Annual report on the working of the mental hospitals in the Madras Presidency - 1912-1932
Year: 1912
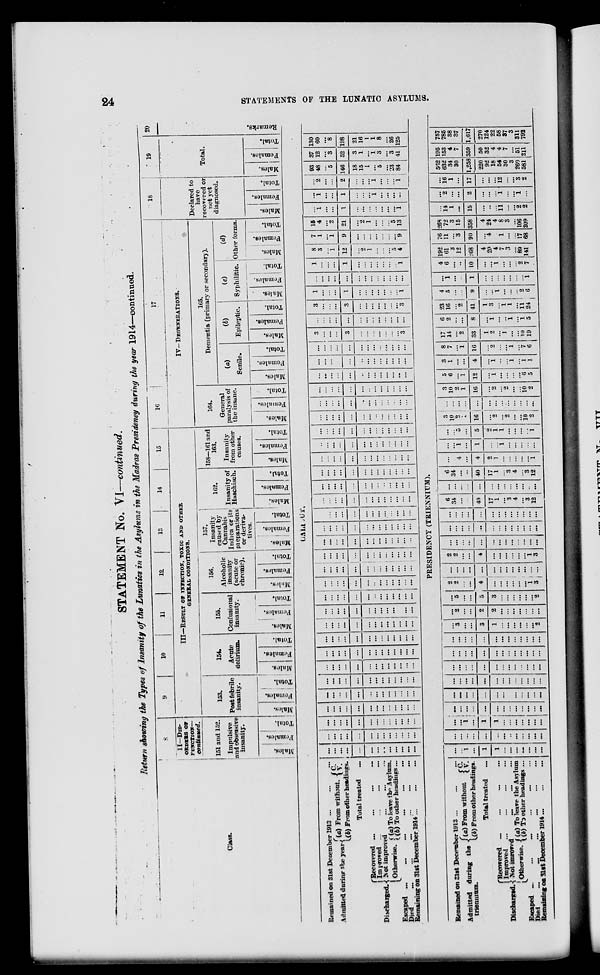
24
STATEMENTS OF THE LUNATIC ASYLUMS.
STATEMENT No. VI—continued.
Return showing the Types of Insanity of the Lunatics in the Asylums in the Madras Presidency during the year 1914—continued.
Class.
8
II—DIS-
ORDERS OF
FUNCTION—
continued.
151 and 152.
Impulsive
and obsessive
insanity.
Males.
Females.
Total.
9
10
11
12
13
14
15
III—RESULT
OF
INFECTION, TOXIC AND OTHER
GENERAL CONDITIONS.
153.
Post febrile
insanity.
Males.
Females.
Total.
154.
Acute
delirium.
Mules.
Females.
Total.
155.
Confusional
insanity.
Males.
Females.
Total.
156.
Alcoholic
insanity
(acute or
chronic).
Males.
Females.
Total.
157.
Insanity
caused by
Cannabis
Indica or it
pre paration
or deriva-
tives.
Males.
Females.
Total.
162.
Insanity of
Haschisch.
Males.
Females.
Total.
158—161 and
163.
Insanity
from other
causes.
Males.
Females.
Total.
16
17
IV— DEGENERATIONS.
164.
General
paralysis of
the insane.
Males.
Females.
Total.
165.
Dementia (primary or secondary).
(a)
Senile.
Males.
Females.
Total.
(b)
Epileptic.
Males.
Females.
Total.
(0
Syphilitic.
Males.
Females
Total.
id)
'Other forms.
Males.
Females.
Total.
18
Declared to
have
recovered or
not yet
diagnosed.
Males.
Females.
Total.
19
Total.
Males.
Females.
Total.
20
Remarks.
CALICUT.
Remained on 31st December 1913 ...
...
...
Admitted during the year. (a) From without. C. V.
(b) From other headings .
Total treated ...
Discharged.
Recovered ... ... ... ...
Improved ... ... ... ...
Not improved ... ... ...
Otherwise. (a) To leave the Asylums.
(b) To other heading ...
Escaped
...
...
...
...
...
...
Died
...
...
...
...
...
...
Remaining on 31st December 1914 ... ... ...
...
...
...
...
...
...
...
...
...
...
...
...
...
...
...
...
...
...
...
...
...
...
...
...
...
...
...
...
...
...
...
...
...
...
...
...
...
...
...
...
...
...
...
...
...
...
...
...
...
...
...
...
...
...
...
...
...
...
...
...
...
...
...
...
...
...
...
...
...
...
...
...
...
...
...
...
...
...
...
...
...
...
...
...
...
...
...
...
...
...
...
...
....
...
...
...
...
...
...
...
...
...
...
...
...
...
...
...
...
...
...
...
...
...
...
...
...
...
...
...
...
...
...
...
...
...
...
...
...
...
...
. ..
...
...
...
...
...
...
...
...
...
...
...
...
...
...
...
...
...
...
...
...
...
....
...
...
...
...
...
...
...
...
...
...
...
...
...
...
...
...
...
...
...
...
...
...
...
...
...
...
...
...
...
...
...
...
...
...
...
...
...
...
...
...
...
...
...
...
...
...
...
...
...
...
...
...
...
...
...
...
...
...
...
...
...
...
...
...
...
...
...
...
...
...
...
...
...
...
...
...
...
...
...
...
...
...
...
...
...
...
...
...
...
...
...
...
...
...
. ..
...
...
...
...
...
...
...
...
...
...
...
...
...
...
...
...
...
...
...
. ..
...
...
...
...
...
...
...
...
...
...
...
...
...
...
...
...
...
...
...
...
...
...
...
...
...
...
...
...
...
...
...
...
...
...
...
...
...
...
...
...
...
...
...
...
...
...
...
...
...
...
...
...
...
...
...
...
...
...
...
...
...
...
...
...
...
...
...
...
...
...
...
...
...
...
...
...
...
. ..
. ..
...
...
...
...
...
...
...
...
...
...
...
...
...
...
...
...
...
...
...
...
...
...
...
...
...
...
...
...
...
...
. ..
...
...
...
...
...
...
...
...
...
...
...
3
...
...
...
3
...
...
...
...
...
...
...
3
...
...
...
...
...
...
...
...
...
...
...
...
...
3
...
...
...
3
...
...
...
...
...
...
...
3
1
...
...
...
1
...
...
...
...
...
...
...
1
...
...
...
...
...
...
...
...
...
...
...
...
...
1
...
...
...
1
...
...
...
...
...
...
...
1
8
3
...
1
12
...
2 1
...
...
...
5
4
7
1
...
1
9
...
...
...
...
...
...
...
9
15
4
...
2
21
...
2
1
...
...
...
5
13
...
1
...
...
1
...
...
...
...
...
...
...
1
...
1
...
...
1
...
. ..
. ..
1
...
...
...
...
...
2
...
...
2
...
...
...
1
...
...
...
1
93
48
...
5
146
18
15
1
...
5
...
23
84
37
12
...
3
52
3
1
...
1
3
...
3
41
130
60
...
8
198
21
16
1
1
8
...
26
125
PRESIDENCY (TRIENNIUM).
Remained on 31st December 1913 ... ... ...
Admitted during the
trienninm.
(a) From without
C. V.
(b) From other headings.
Total treated
...
Discharged.
Recovered
...
...
...
...
Improved
... ... ... ...
Not imroved ... ... ... ...
Otherwise. (a) To leave the Asylum
(b) To other headings ...
Escaped ...
...
...
...
...
...
Died
...
...
...
...
...
...
...
...
Remaining on 31st December 1914
...
...
...
...
...
1
...
1
1
...
...
...
...
...
...
...
...
...
...
...
...
...
...
..
...
...
...
...
...
...
...
1
...
1
1
...
...
...
...
...
...
...
...
...
...
...
...
...
...
...
...
...
...
...
...
...
...
...
...
...
...
...
...
...
...
...
...
...
...
...
...
...
...
...
...
...
...
...
...
...
...
...
. ..
...
...
...
...
...
...
...
...
...
...
...
...
...
...
...
...
...
...
...
...
...
...
...
...
...
...
...
...
...
...
...
...
...
...
...
...
...
...
3
...
...
3
1
...
...
...
...
...
...
2
...
2
...
...
2
2
...
...
...
...
...
...
...
...
5
...
...
5
3
...
...
...
...
...
...
2
2
2
...
...
4
I
...
...
...
...
...
1
3
...
...
...
...
...
...
...
...
...
...
...
...
...
2
2
...
...
4
...
...
...
...
...
...
1
3
...
...
...
...
...
...
...
...
...
...
...
...
...
...
...
...
...
...
...
...
...
...
...
...
...
...
...
...
...
...
...
...
...
...
...
...
...
...
...
6
34
...
...
40
17
1
...
3
4
...
3
12
...
...
...
...
...
...
...
...
...
...
...
...
...
6
34
...
...
40
17
1
...
3
4
...
3
12
...
...
4
...
4
2
1
...
...
...
...
...
1
...
...
1
...
1
...
...
1
...
...
...
...
...
...
...
5
...
5
2
1
1
...
...
...
...
1
3
10
2
1
16
...
2
...
2
...
...
10
2
...
...
...
...
...
...
...
...
...
...
...
...
...
3
10
2
1
16
...
2
. ..
2
...
...
10
2
5
6
...
1
12
...
1
...
...
...
...
6
5
3
1
...
...
4
...
1
...
...
1
...
1
1
8
7
...
1
16
...
2
...
...
1
...
7
6
17
14
...
2
33
1
2
...
1
...
...
10
19
6
2
...
...
8
...
1
. ..
...
1
...
1
5
23
16
. ..
2
41
1
3
...
1
1
...
11
24
4
5
...
...
9
...
...
1
...
...
...
2
6
2
1
...
2
1
...
...
...
...
...
2
...
11
4
6
...
..
10
...
...
1
...
...
...
2
7
192
61
3
12
268
4
20
4
7
3
...
89
141
76
11
...
3
90
...
4
...
1
...
...
17
68
268
72
3
15
358
4
24
4
8
3
...
106
209
...
14
1
...
15
...
...
...
11
...
...
2
2
...
2
...
...
2
...
...
...
1
...
...
1
...
...
16
1
...
17
...
...
...
12
...
...
3
2
562
632
34
30
1,258
220
92
18
54
30
3
260
581
195
153
4
7
359
50
32
4
4
7
...
51
211
757
785
38
37
1,617
270
124
22
58
37
3
311
792